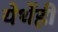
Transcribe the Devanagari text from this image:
येथेंही